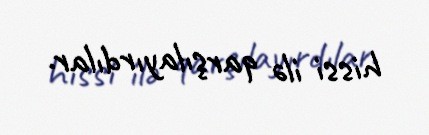
hissi ilə qarşılayırdılar.